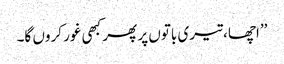
’’اچھا، تیری باتوں پر پھر کبھی غور کروں گا۔